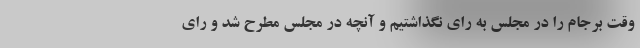
وقت برجام را در مجلس به رای نگذاشتیم و آنچه در مجلس مطرح شد و رای